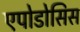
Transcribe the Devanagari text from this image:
एपोडोसिस